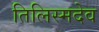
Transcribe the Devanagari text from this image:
तिलिस्मदेव